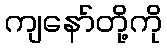
ကျနော်တို့ကို